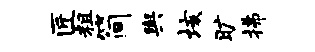
匠粗简舆垓旷拂